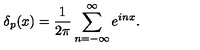
\delta _ { p } ( x ) = \frac { 1 } { 2 \pi } \sum _ { n = - \infty } ^ { \infty } e ^ { i n x } .